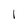
Character: l